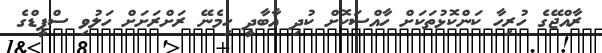
ރާއްޖޭގެ ހުރިހާ ކަންކޮޅުތަކަށް ހާއްސަކޮށް ކުދި އާބާދީ ހިމެނޭ ރަށްރަށަށް ހަލުވި ސްޕީޑްގެ